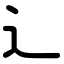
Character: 辶